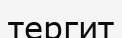
тергит